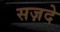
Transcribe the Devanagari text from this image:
सज़दे